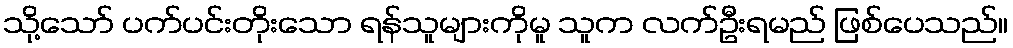
သို့သော် ပက်ပင်းတိုးသော ရန်သူများကိုမူ သူက လက်ဦးရမည် ဖြစ်ပေသည်။